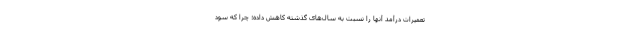
تعمیرات درآمد آنها را نسبت به سال‌های گذشته کاهش داده؛ چرا که سود